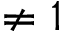
\neq 1